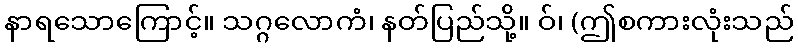
နာရသောကြောင့်။ သဂ္ဂလောကံ၊ နတ်ပြည်သို့။ ဝ်၊ (ဤစကားလုံးသည်